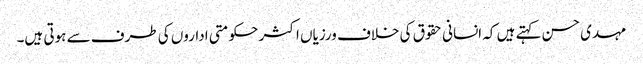
مہدی حسن کہتے ہیں کہ انسانی حقوق کی خلاف ورزیاں اکثر حکومتی اداروں کی طرف سے ہوتی ہیں۔